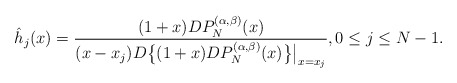
\begin{align*}\hat h_{j}(x)=\frac{(1+x)D P^{(\alpha,\beta)}_{N}(x)}{(x-x_j) D\big\{ (1+x)D P^{(\alpha,\beta)}_{N}(x)\big\}\big|_{x=x_j}}, 0\leq j\leq N-1.\end{align*}